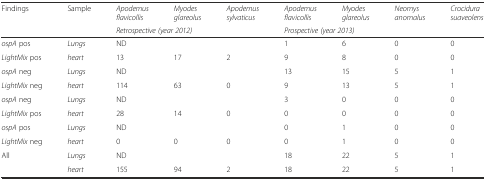
| Findings | Sample | Apodemus flavicollis | Myodes glareolus | Apodemus sylvaticus | Apodemus flavicollis | Myodes glareolus | Neomys anomalus | Crocidura suaveolens |
 |  |  | <COLSPAN=3> Retrospective (year 2012) | <COLSPAN=4> Prospective (year 2013) |
 | --- | --- | --- | --- | --- | --- | --- | --- | --- |
 | ospA pos | Lungs | <COLSPAN=3> ND | 1 | 6 | 0 | 0 |
 | LightMix pos | heart | 13 | 17 | 2 | 9 | 8 | 0 | 0 |
 | ospA neg | Lungs | <COLSPAN=3> ND | 13 | 15 | 5 | 1 |
 | LightMix neg | heart | 114 | 63 | 0 | 9 | 13 | 5 | 1 |
 | ospA neg | Lungs | <COLSPAN=3> ND | 3 | 0 | 0 | 0 |
 | LightMix pos | heart | 28 | 14 | 0 | 0 | 0 | 0 | 0 |
 | ospA pos | Lungs | <COLSPAN=3> ND | 0 | 1 | 0 | 0 |
 | LightMix neg | heart | 0 | 0 | 0 | 0 | 1 | 0 | 0 |
 | <ROWSPAN=2> All | Lungs | <COLSPAN=3> ND | 18 | 22 | 5 | 1 |
 | heart | 155 | 94 | 2 | 18 | 22 | 5 | 1 |